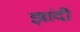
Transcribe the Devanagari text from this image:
झांदी